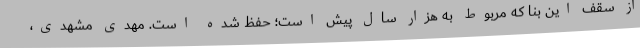
از سقف این بنا که مربوط به هزار سال پیش است؛ حفظ شده است. مهدی مشهدی،